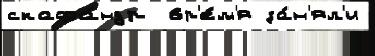
скафа́ндр  вр'е́м'я за́н'ял'и